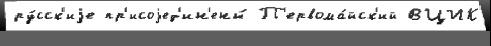
ру́сск'иjе пр'исоjед'ин'ены́ П'ервома́йск'ий ВЦИК